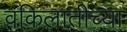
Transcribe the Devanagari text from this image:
वकिलातीच्या